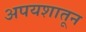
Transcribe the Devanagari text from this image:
अपयशातून